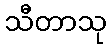
သီတာသု